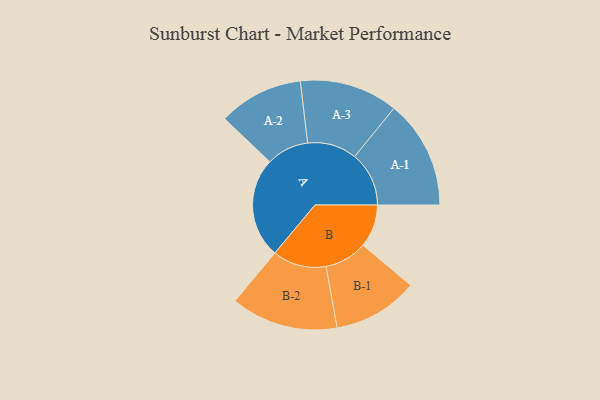
{"axis": {"x": "Segment", "y": "Value"}, "legend": ["", "A", "B"], "data": [{"x": "A", "y": 434, "type": ""}, {"x": "B", "y": 185, "type": ""}, {"x": "A-1", "y": 235, "type": "A"}, {"x": "A-2", "y": 183, "type": "A"}, {"x": "A-3", "y": 213, "type": "A"}, {"x": "B-1", "y": 184, "type": "B"}, {"x": "B-2", "y": 232, "type": "B"}]}